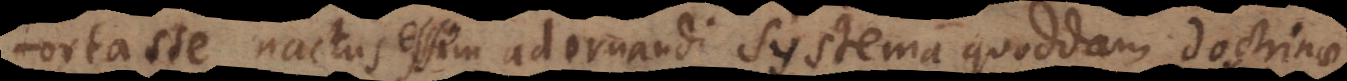
fortasse nactus essem adornandi systema quoddam doctrinae